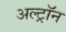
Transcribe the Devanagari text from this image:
अल्ट्राॅन